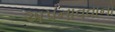
અપનાવવાનો